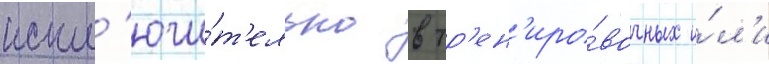
искл'ючи́т'ельно в тр'ен'иро́вочных и́л'и